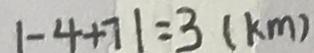
1 - 4 + 7 1 = 3 ( k m )